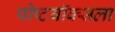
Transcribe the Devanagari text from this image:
पोष्टबॉक्सला